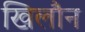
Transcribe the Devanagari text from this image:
खिलौन